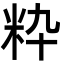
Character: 粋